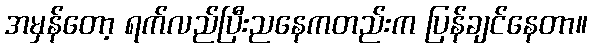
အမှန်တော့ ရက်လည်ပြီးညနေကတည်းက ပြန်ချင်နေတာ။